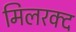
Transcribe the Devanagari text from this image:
मिलरक्द